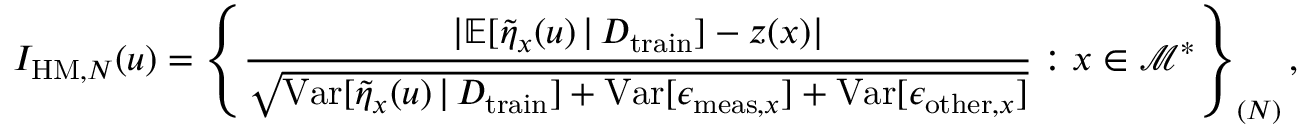
I _ { \mathrm { H M } , N } ( u ) = \left\{ \frac { \lvert \mathbb { E } [ \Tilde { \eta } _ { x } ( u ) \, \vert \, D _ { \mathrm { t r a i n } } ] - z ( x ) \rvert } { \sqrt { \mathrm { V a r } [ \Tilde { \eta } _ { x } ( u ) \, \vert \, D _ { \mathrm { t r a i n } } ] + \mathrm { V a r } [ \epsilon _ { \mathrm { m e a s } , x } ] + \mathrm { V a r } [ \epsilon _ { \mathrm { o t h e r } , x } ] } } : x \in \mathcal { M } ^ { * } \right\} _ { ( N ) } ,